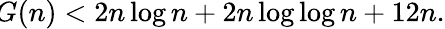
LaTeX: \! G(n)<2n\log n+2n\log\log n+12n.